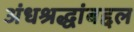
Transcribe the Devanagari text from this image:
अंधश्रद्धांबद्दल